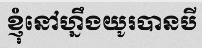
ខ្ញុំនៅហ្នឹងយូរបានបី